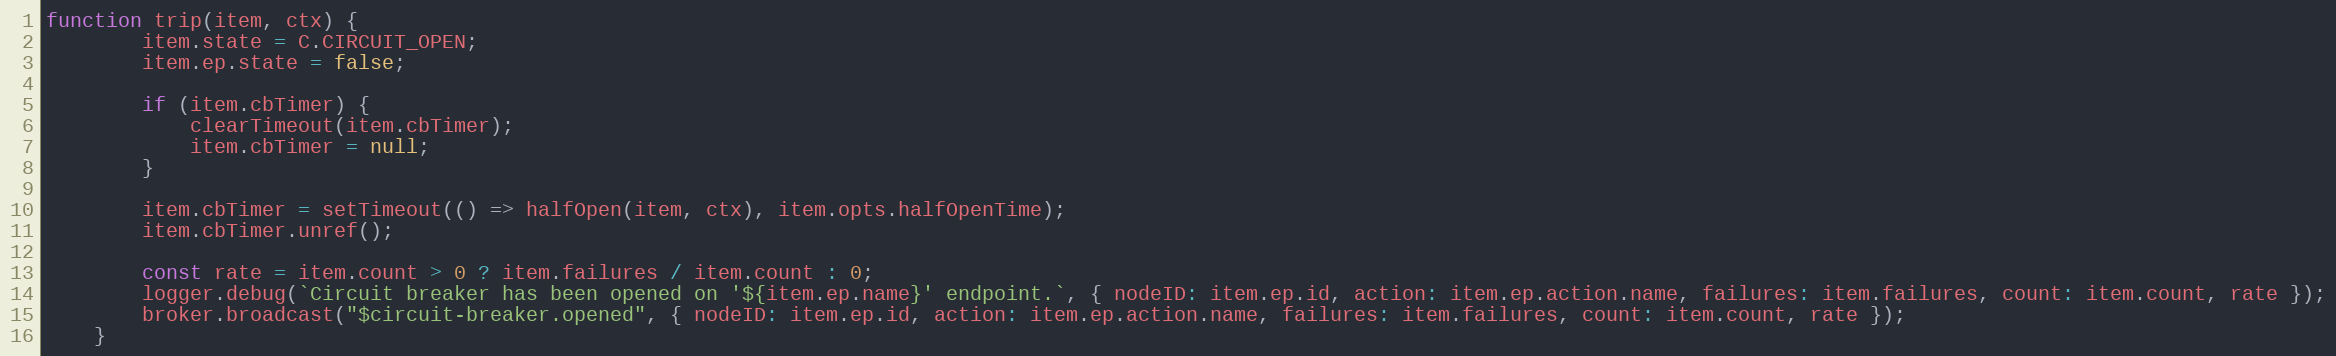
Language: JavaScript
function trip(item, ctx) {
		item.state = C.CIRCUIT_OPEN;
		item.ep.state = false;

		if (item.cbTimer) {
			clearTimeout(item.cbTimer);
			item.cbTimer = null;
		}

		item.cbTimer = setTimeout(() => halfOpen(item, ctx), item.opts.halfOpenTime);
		item.cbTimer.unref();

		const rate = item.count > 0 ? item.failures / item.count : 0;
		logger.debug(`Circuit breaker has been opened on '${item.ep.name}' endpoint.`, { nodeID: item.ep.id, action: item.ep.action.name, failures: item.failures, count: item.count, rate });
		broker.broadcast("$circuit-breaker.opened", { nodeID: item.ep.id, action: item.ep.action.name, failures: item.failures, count: item.count, rate });
	}